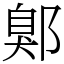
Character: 鄓